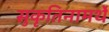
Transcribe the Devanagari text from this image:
सुकृतिनामर्थे